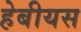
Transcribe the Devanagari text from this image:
हेबीयस